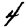
Digit: 4